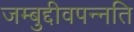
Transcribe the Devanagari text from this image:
जम्बुद्दीवपन्नति